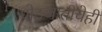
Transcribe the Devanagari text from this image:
पोटजातीचेही